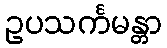
ဥပသင်္ကမန္တာ